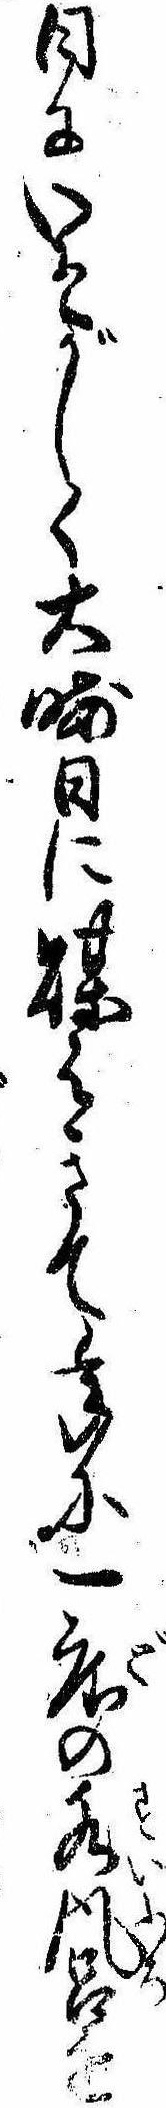
日にいそがしく大晦日に煤はきて年に一度の水風呂を